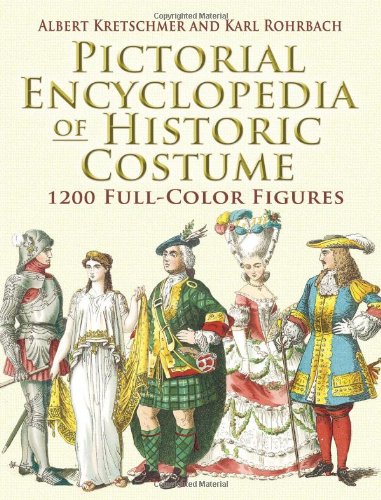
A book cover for Pictorial Encyclopedia of Historic Costume: 1200 Full-Color Figures (Dover Fashion and Costumes); Karl Rohrbach; Crafts, Hobbies & Home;